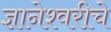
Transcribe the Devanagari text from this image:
ज्ञानेश्‍वरीचे